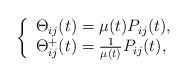
LaTeX: \begin{align*}\left\{\begin{array}{lcl}\Theta_{ij}(t)=\mu(t)P_{ij}(t),\\\Theta_{ij}^{+}(t)=\frac{1}{\mu(t)}P_{ij}(t),\end{array}\right.\end{align*}